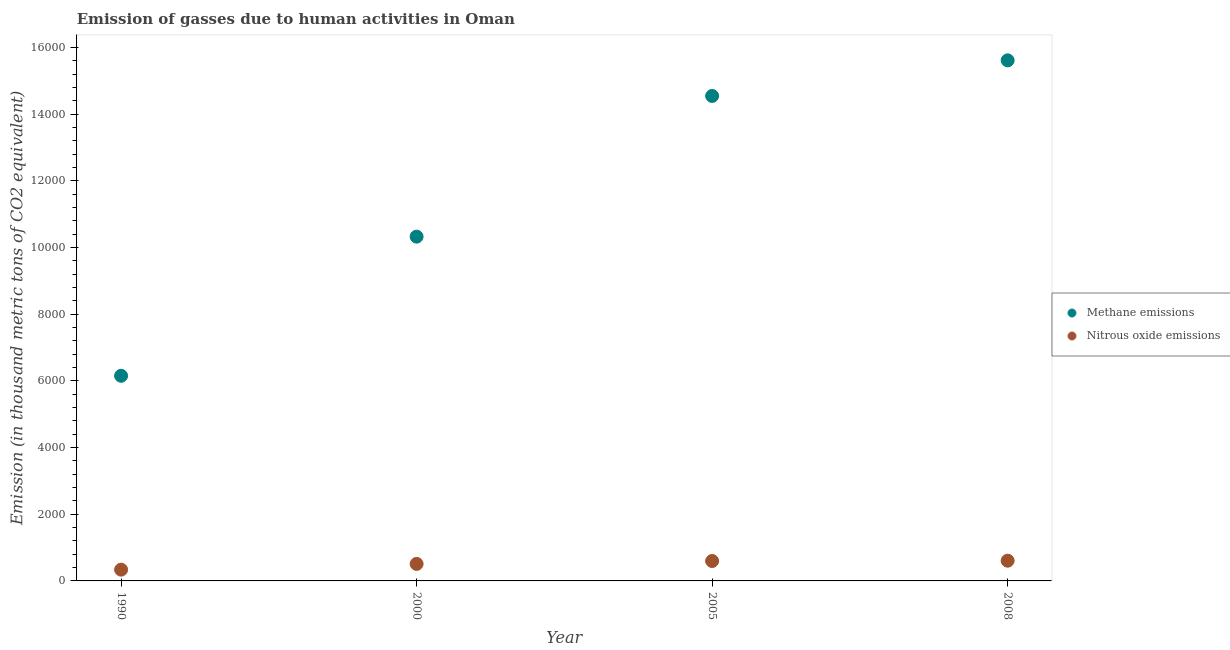
| Year | Methane emissions | Nitrous oxide emissions |
 | --- | --- | --- |
 | 1990 | 6.15e+03 | 338 |
 | 2000 | 1.03e+04 | 511 |
 | 2005 | 1.45e+04 | 597 |
 | 2008 | 1.56e+04 | 607 |